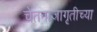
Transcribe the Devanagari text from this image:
चेतनाजागृतीच्या